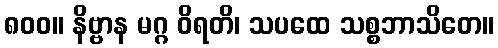
၈၀၀။ နိဗ္ဗာန မဂ္ဂ ဝိရတိ၊ သပထေ သစ္စဘာသိတေ။